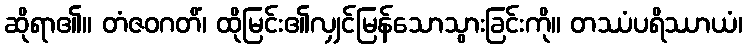
ဆိုရာ၏။ တံဇဝဂတိံ၊ ထိုမြင်း၏လျှင်မြန်သောသွားခြင်းကို။ တဿံပရိဿာယံ၊